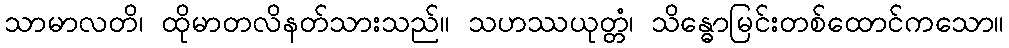
သာမာလတိ၊ ထိုမာတလိနတ်သားသည်။ သဟဿယုတ္တံ၊ သိန္ဓောမြင်းတစ်ထောင်ကသော။